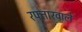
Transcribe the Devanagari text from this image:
रफ्तारवाले